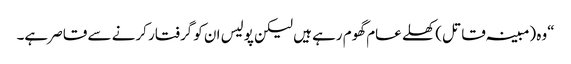
“وہ (مبینہ قاتل) کھلے عام گھوم رہے ہیں لیکن پولیس ان کو گرفتار کرنے سے قاصر ہے۔